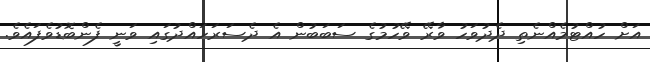
އަށް ހުއްޓުމެއްނެތި ދެދުވަހު ވާރޭ ވޭހުމުގެ ސަބަބުން އެ ދެސަރަހައްދުގައި ވަނީ ފެންބޮޑުވެފައެވެ.